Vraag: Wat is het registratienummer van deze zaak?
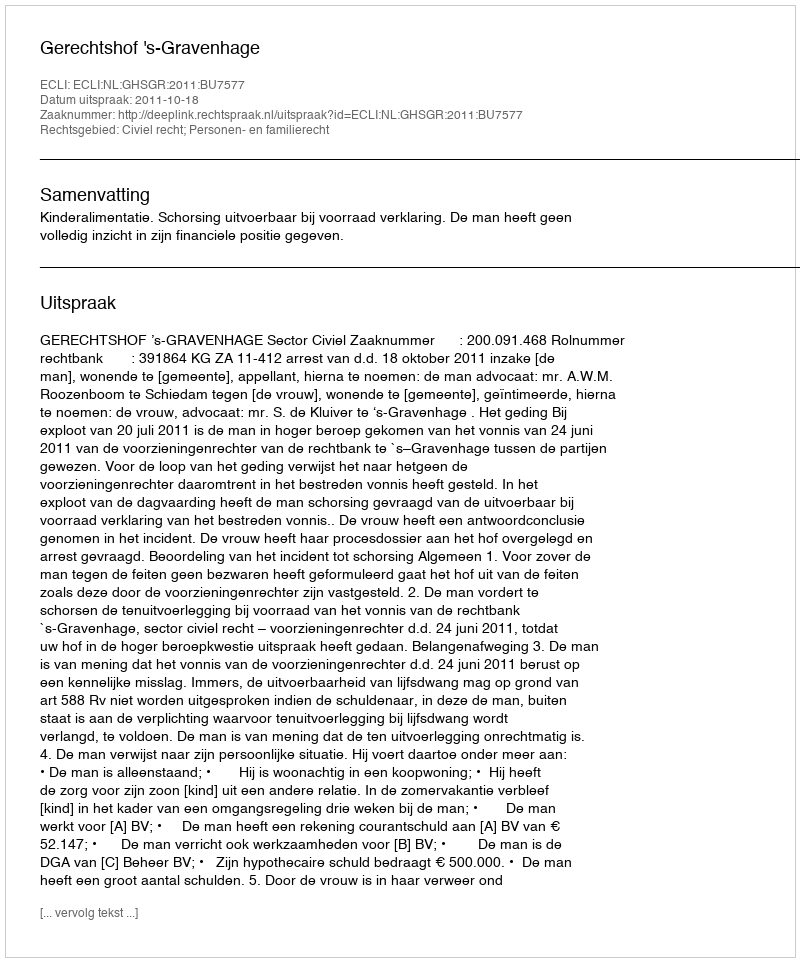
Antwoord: http://deeplink.rechtspraak.nl/uitspraak?id=ECLI:NL:GHSGR:2011:BU7577